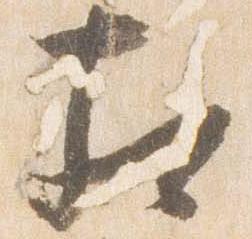
相